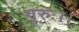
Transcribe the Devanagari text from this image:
गुरुः।।